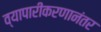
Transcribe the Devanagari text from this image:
व्यापारीकरणानंतर